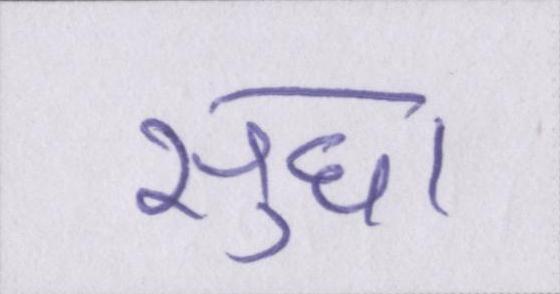
सुधा